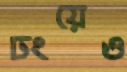
ঢংয়েও